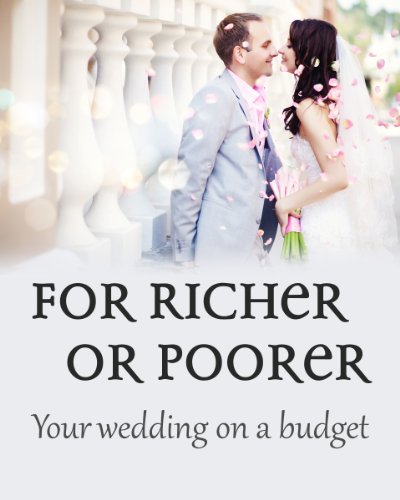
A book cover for For Richer or Poorer: Your Wedding on a Budget; SKR Publishing; Crafts, Hobbies & Home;